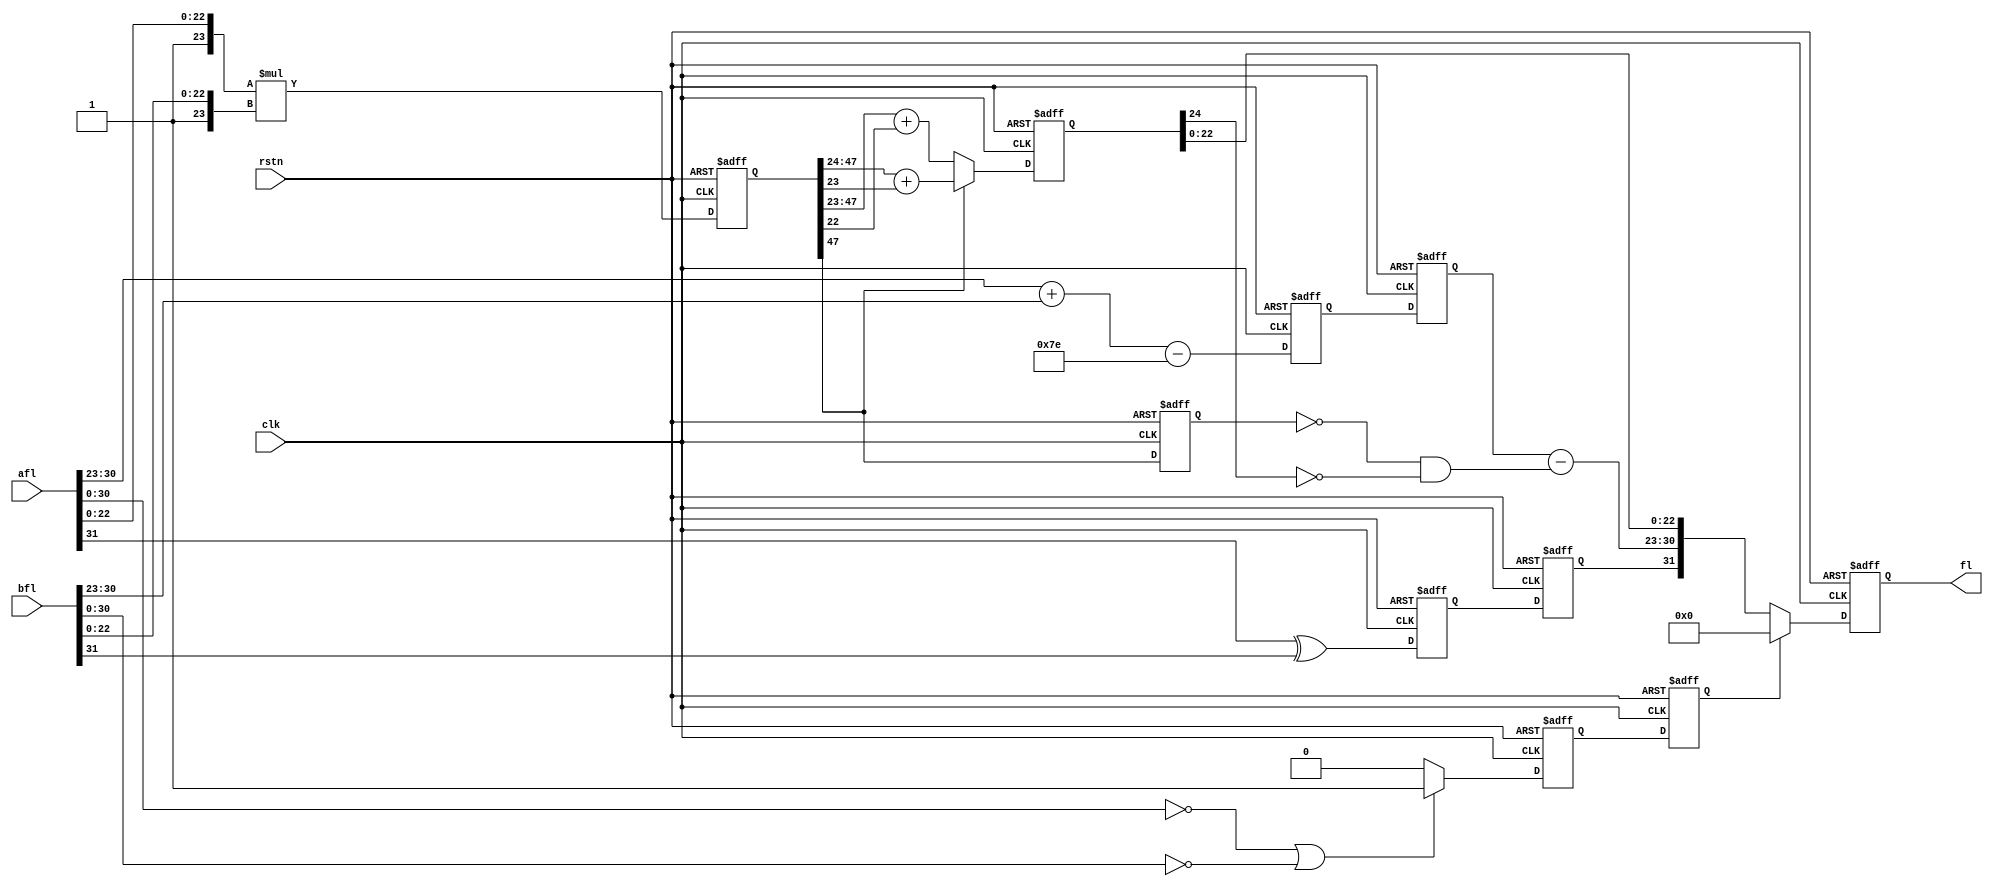
module flt_mult
	(
	input			clk,
	input			rstn,
	input	    [31:0]	afl,
	input	    [31:0]	bfl,
	output	reg [31:0]	fl
	);
reg	[47:0]	mfl_0;		
reg		sfl_0;		
reg	[7:0]	efl_0;		
reg		zero_out_0;
reg		sfl_1;		
reg	[7:0]	efl_1;		
reg		zero_out_1;
reg		mfl47_1;	
reg	[24:0]	nmfl_1;		
reg 		not_mfl_47;
always @* not_mfl_47 = (~mfl47_1 & ~nmfl_1[24]);
always @(posedge clk, negedge rstn) begin
	if(!rstn) begin
		mfl_0 	   <= 48'h0;
		sfl_0 	   <= 1'b0;
		efl_0 	   <= 8'h0;
		zero_out_0 <= 1'b0;
		efl_1 	   <= 8'h0;
		sfl_1 	   <= 1'b0;
		zero_out_1 <= 1'b0;
		mfl47_1    <= 1'b0;
		nmfl_1     <= 25'h0;
		fl 	   <= 32'h0;
	end
	else begin
		mfl_0 <= {1'b1,afl[22:0]} * {1'b1,bfl[22:0]};
		sfl_0 <= afl[31] ^ bfl[31];
		efl_0 <= afl[30:23] + bfl[30:23] - 8'h7E;
		if((afl[30:0] == 0) || (bfl[30:0] == 0))zero_out_0 <= 1'b1;
		else zero_out_0 <= 1'b0;
		efl_1 <= efl_0;	
		sfl_1 <= sfl_0;	
		zero_out_1 <= zero_out_0;
		mfl47_1  <= mfl_0[47];
		if(mfl_0[47]) nmfl_1 <= mfl_0[47:24] + mfl_0[23];
		else 	      nmfl_1 <= mfl_0[47:23] + mfl_0[22];
		if(zero_out_1) fl <= 32'h0;
		else 	       fl <= {sfl_1,(efl_1 - not_mfl_47),nmfl_1[22:0]};
	end
end
endmodule